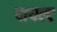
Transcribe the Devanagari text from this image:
पायल्ट